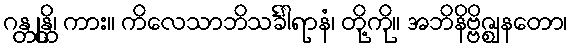
ဂန္တုန္တိ၊ ကား။ ကိလေသာဘိသင်္ခါရာနံ၊ တို့ကို။ အဘိနိဗ္ဗိဇ္ဈနတော၊